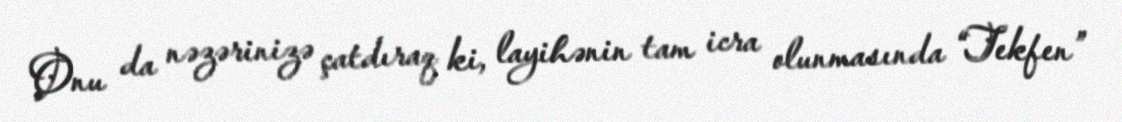
Onu da nəzərinizə çatdıraq ki, layihənin tam icra olunmasında “Tekfen”